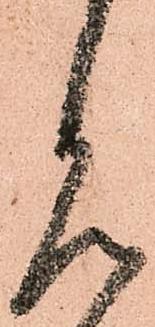
見